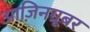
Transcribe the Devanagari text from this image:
आज़िनग्रूबर